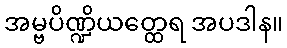
အမ္ဗပိဏ္ဍိယတ္ထေရ အပဒါန။